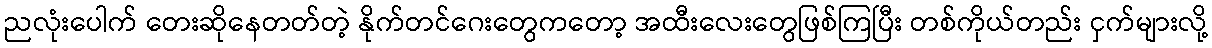
ညလုံးပေါက် တေးဆိုနေတတ်တဲ့ နိုက်တင်ဂေးတွေကတော့ အထီးလေးတွေဖြစ်ကြပြီး တစ်ကိုယ်တည်း ငှက်များလို့